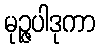
မုဉ္ဇပါဒုကာ